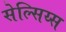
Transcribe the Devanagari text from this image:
सेल्सिय्स